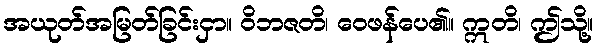
အယုတ်အမြတ်ခြင်းငှာ။ ဝိဘဇတိ၊ ဝေဖန်ပေ၏။ ဣတိ၊ ဤသို့။